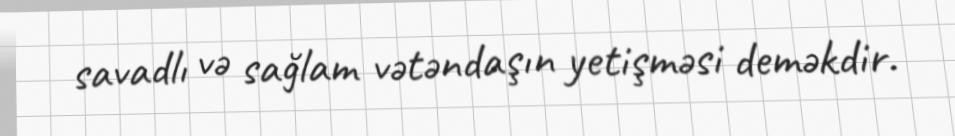
savadlı və sağlam vətəndaşın yetişməsi deməkdir.